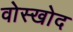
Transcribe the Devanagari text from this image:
वोस्खोद